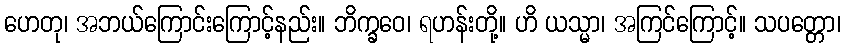
ဟေတု၊ အဘယ်ကြောင်းကြောင့်နည်း။ ဘိက္ခဝေ၊ ရဟန်းတို့။ ဟိ ယသ္မာ၊ အကြင်ကြောင့်။ သပတ္တော၊